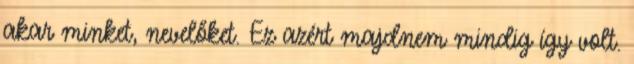
akar minket, nevelőket. Ez azért majdnem mindig így volt.